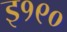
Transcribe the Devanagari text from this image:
इ१९०